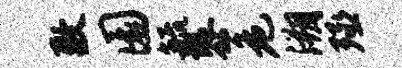
敷圜毓隳危溯殛